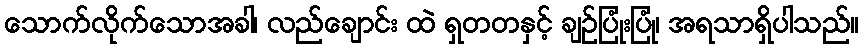
သောက်လိုက်သောအခါ၊ လည်ချောင်း ထဲ ရှတတနှင့် ချဉ်ပြုံးပြုံ၊ အရသာရှိပါသည်။